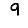
Digit: 9